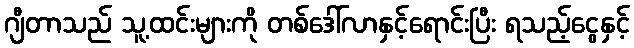
ဂျီတာသည် သူ့ထင်းများကို တစ်ဒေါ်လာနှင့်ရောင်းပြီး ရသည့်ငွေနှင့်